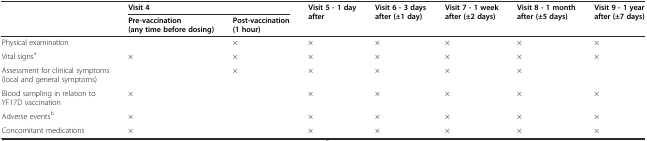
|  | <COLSPAN=2> Visit 4 | <ROWSPAN=2> Visit 5 - 1 day after | <ROWSPAN=2> Visit 6 - 3 days after (±1 day) | <ROWSPAN=2> Visit 7 - 1 week after (±2 days) | <ROWSPAN=2> Visit 8 - 1 month after (±5 days) | <ROWSPAN=2> Visit 9 - 1 year after (±7 days) |
 |  | Pre-vaccination (any time before dosing) | Post-vaccination (1 hour) |
 | --- | --- | --- | --- | --- | --- | --- | --- |
 | Physical examination |  | × | × | × | × | × | × |
 | Vital signsa | × | × | × | × | × | × | × |
 | Assessment for clinical symptoms (local and general symptoms) |  | × | × | × | × | × |  |
 | Blood sampling in relation to YF17D vaccination | × |  | × | × | × | × | × |
 | Adverse eventsb | × |  | × | × | × | × | × |
 | Concomitant medications | × |  | × | × | × | × | × |